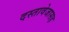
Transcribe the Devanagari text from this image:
दस्तावेजासह